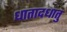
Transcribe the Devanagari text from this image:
धातादधातु